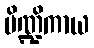
ပိဏ္ဍိကာယ